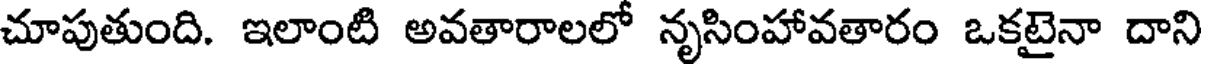
చూపుతుంది. ఇలాంటి అవతారాలలో నృసింహావతారం ఒకటైనా దాని